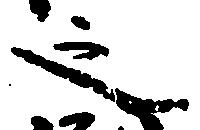
之